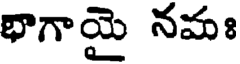
భాగాయై నమః